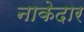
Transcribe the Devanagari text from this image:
नाकेदार